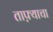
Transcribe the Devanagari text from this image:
ताफ़्याचा